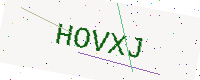
Text: HOVXJ